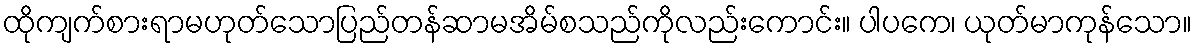
ထိုကျက်စားရာမဟုတ်သောပြည်တန်ဆာမအိမ်စသည်ကိုလည်းကောင်း။ ပါပကေ၊ ယုတ်မာကုန်သော။